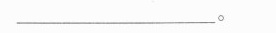
____。